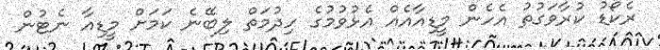
ރެކޯޑު ކުރާވަގުތު އެހެން މީޑިއާއެއް އެޅުވުމުގެ ހިދުމަތް ލިބޭނެ ކަމަށް މީޑިއާ ނެޓުން